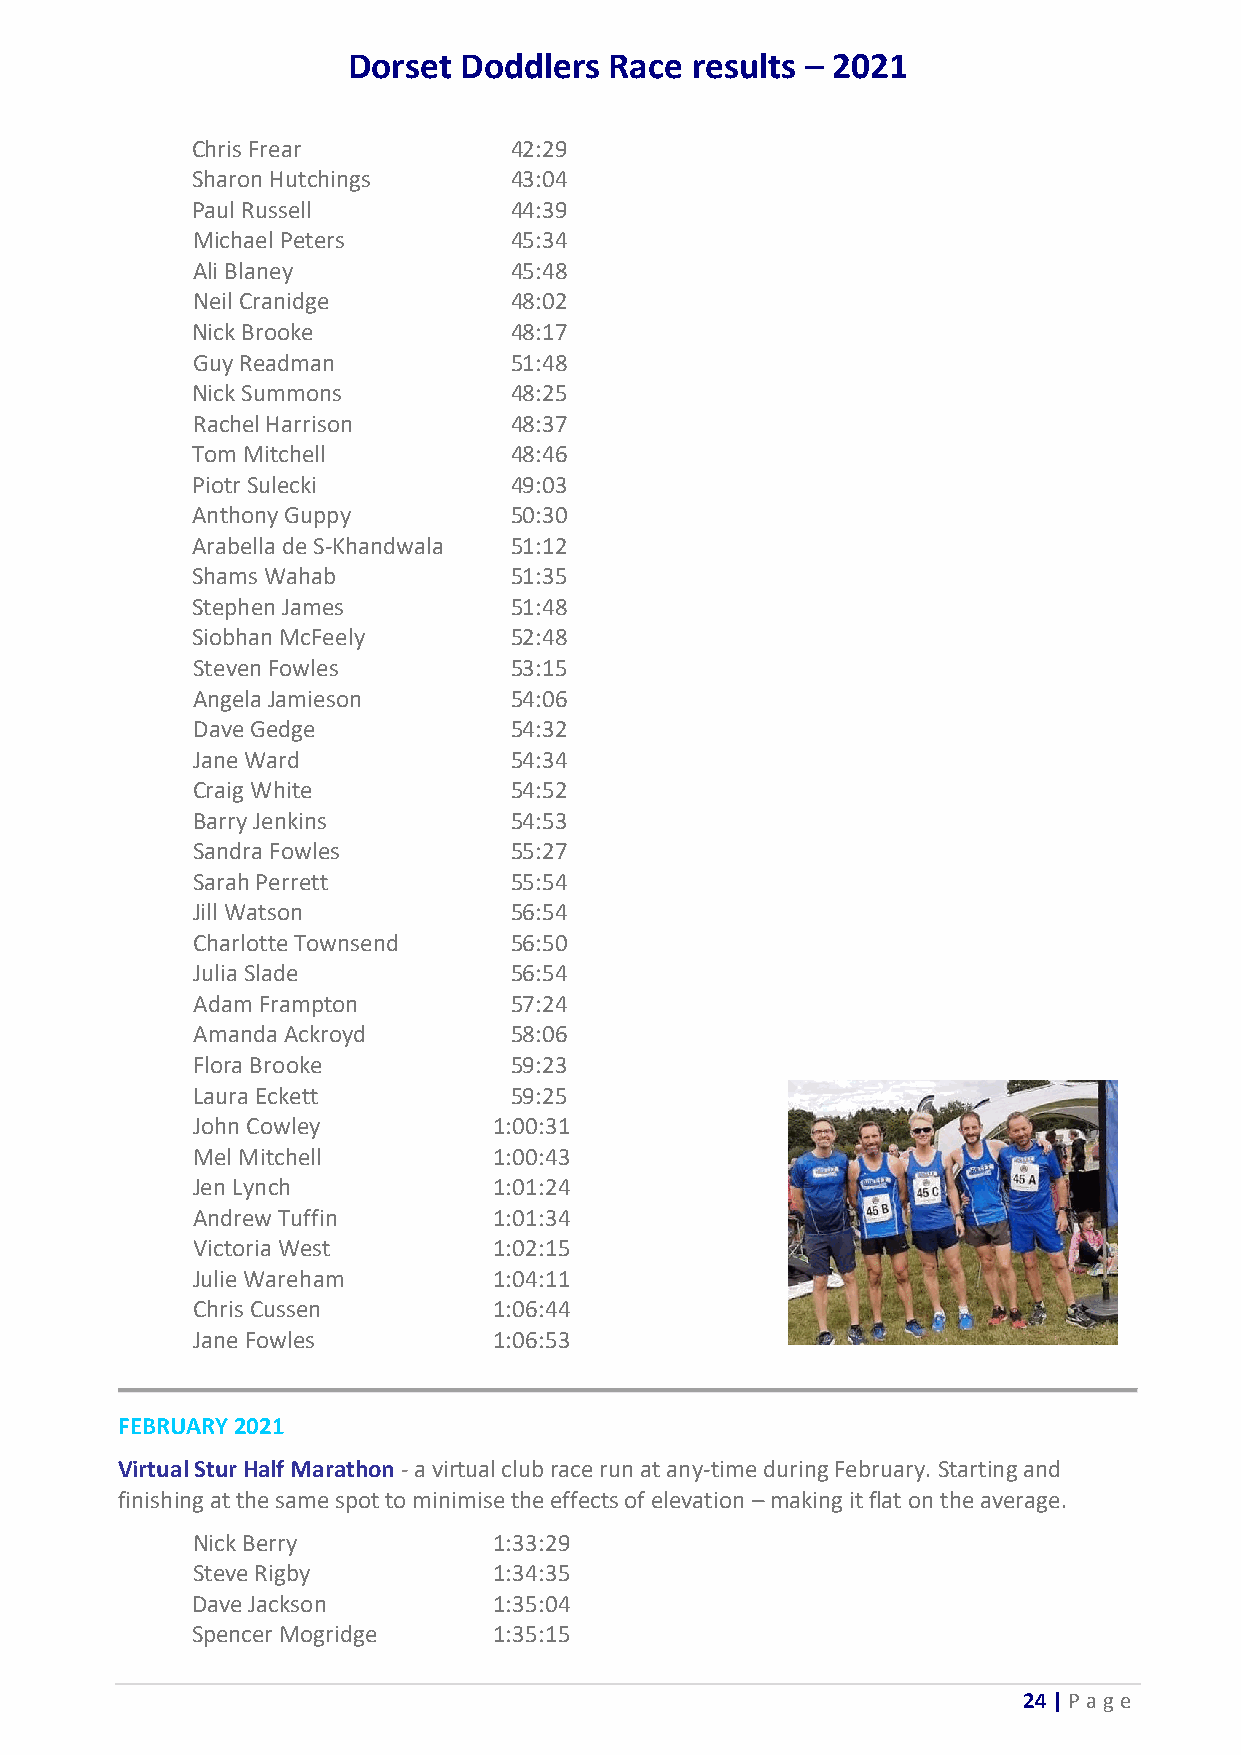
Dorset Doddlers  Race  results – 2021
 Chris Frear          42:29
 Sharon Hutchings     43:04
 Paul Russell         44:39
 Michael Peters       45:34
 Ali Blaney           45:48
 Neil Cranidge        48:02
 Nick Brooke          48:17
 Guy Readman          51:48
 Nick Summons         48:25
 Rachel Harrison      48:37
 Tom Mitchell         48:46
 Piotr Sulecki        49:03
 Anthony Guppy        50:30
 Arabella de S-Khandwala 51:12
 Shams Wahab          51:35
 Stephen James        51:48
 Siobhan McFeely      52:48
 Steven Fowles        53:15
 Angela Jamieson      54:06
 Dave Gedge           54:32
 Jane Ward            54:34
 Craig White          54:52
 Barry Jenkins        54:53
 Sandra Fowles        55:27
 Sarah Perrett        55:54
 Jill Watson          56:54
 Charlotte Townsend   56:50
 Julia Slade          56:54
 Adam Frampton        57:24
 Amanda Ackroyd       58:06
 Flora Brooke         59:23
 Laura Eckett         59:25
 John Cowley         1:00:31
 Mel Mitchell        1:00:43
 Jen Lynch           1:01:24
 Andrew Tuffin       1:01:34
 Victoria West       1:02:15
 Julie Wareham       1:04:11
 Chris Cussen        1:06:44
 Jane Fowles         1:06:53
 FEBRUARY 2021
 Virtual Stur Half Marathon - a virtual club race run at any-time during February. Starting and
 finishing at the same spot to minimise the effects of elevation – making it flat on the average.
 Nick Berry          1:33:29
 Steve Rigby         1:34:35
 Dave Jackson        1:35:04
 Spencer Mogridge    1:35:15
 24 | P age